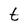
Character: t